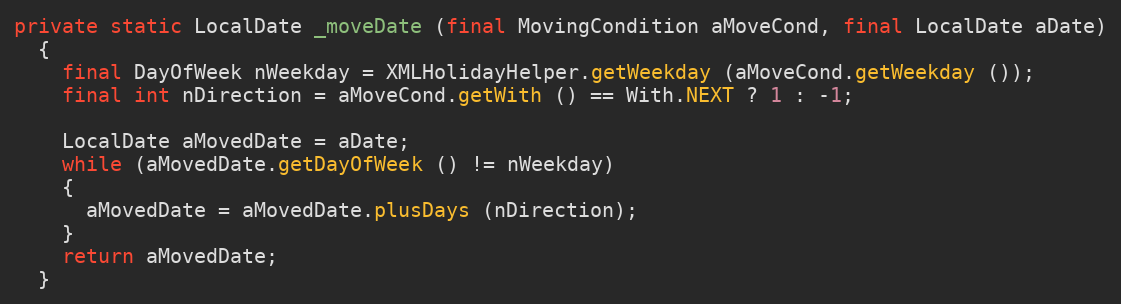
Language: Java
private static LocalDate _moveDate (final MovingCondition aMoveCond, final LocalDate aDate)
  {
    final DayOfWeek nWeekday = XMLHolidayHelper.getWeekday (aMoveCond.getWeekday ());
    final int nDirection = aMoveCond.getWith () == With.NEXT ? 1 : -1;

    LocalDate aMovedDate = aDate;
    while (aMovedDate.getDayOfWeek () != nWeekday)
    {
      aMovedDate = aMovedDate.plusDays (nDirection);
    }
    return aMovedDate;
  }